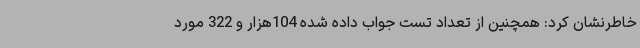
خاطرنشان کرد: همچنین از تعداد تست جواب داده شده 104هزار و 322 مورد